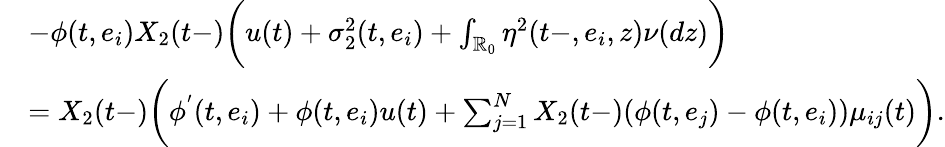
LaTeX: \begin{array}{rl}&{-\phi(t,e_{i})X_{2}(t-)\biggl(u(t)+\sigma_{2}^{2}(t,e_{i})+\int_{\mathbb{R}_{0}}\eta^{2}(t-,e_{i},z)\nu(dz)\biggr)}\\ &{=X_{2}(t-)\biggl(\phi^{'}(t,e_{i})+\phi(t,e_{i})u(t)+\sum_{j=1}^{N}X_{2}(t-)(\phi(t,e_{j})-\phi(t,e_{i}))\mu_{ij}(t)\biggr).}\end{array}